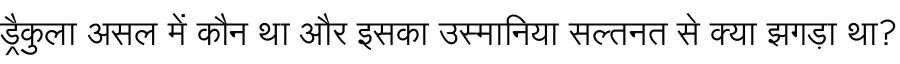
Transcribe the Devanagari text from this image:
ड्रैकुला असल में कौन था और इसका उस्मानिया सल्तनत से क्या झगड़ा था?